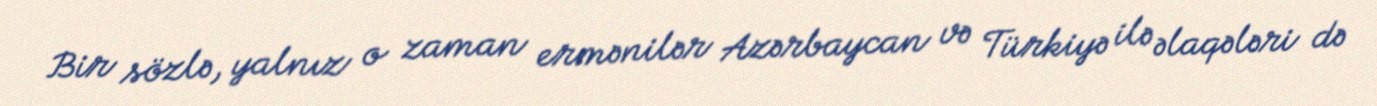
Bir sözlə, yalnız o zaman ermənilər Azərbaycan və Türkiyə ilə əlaqələri də